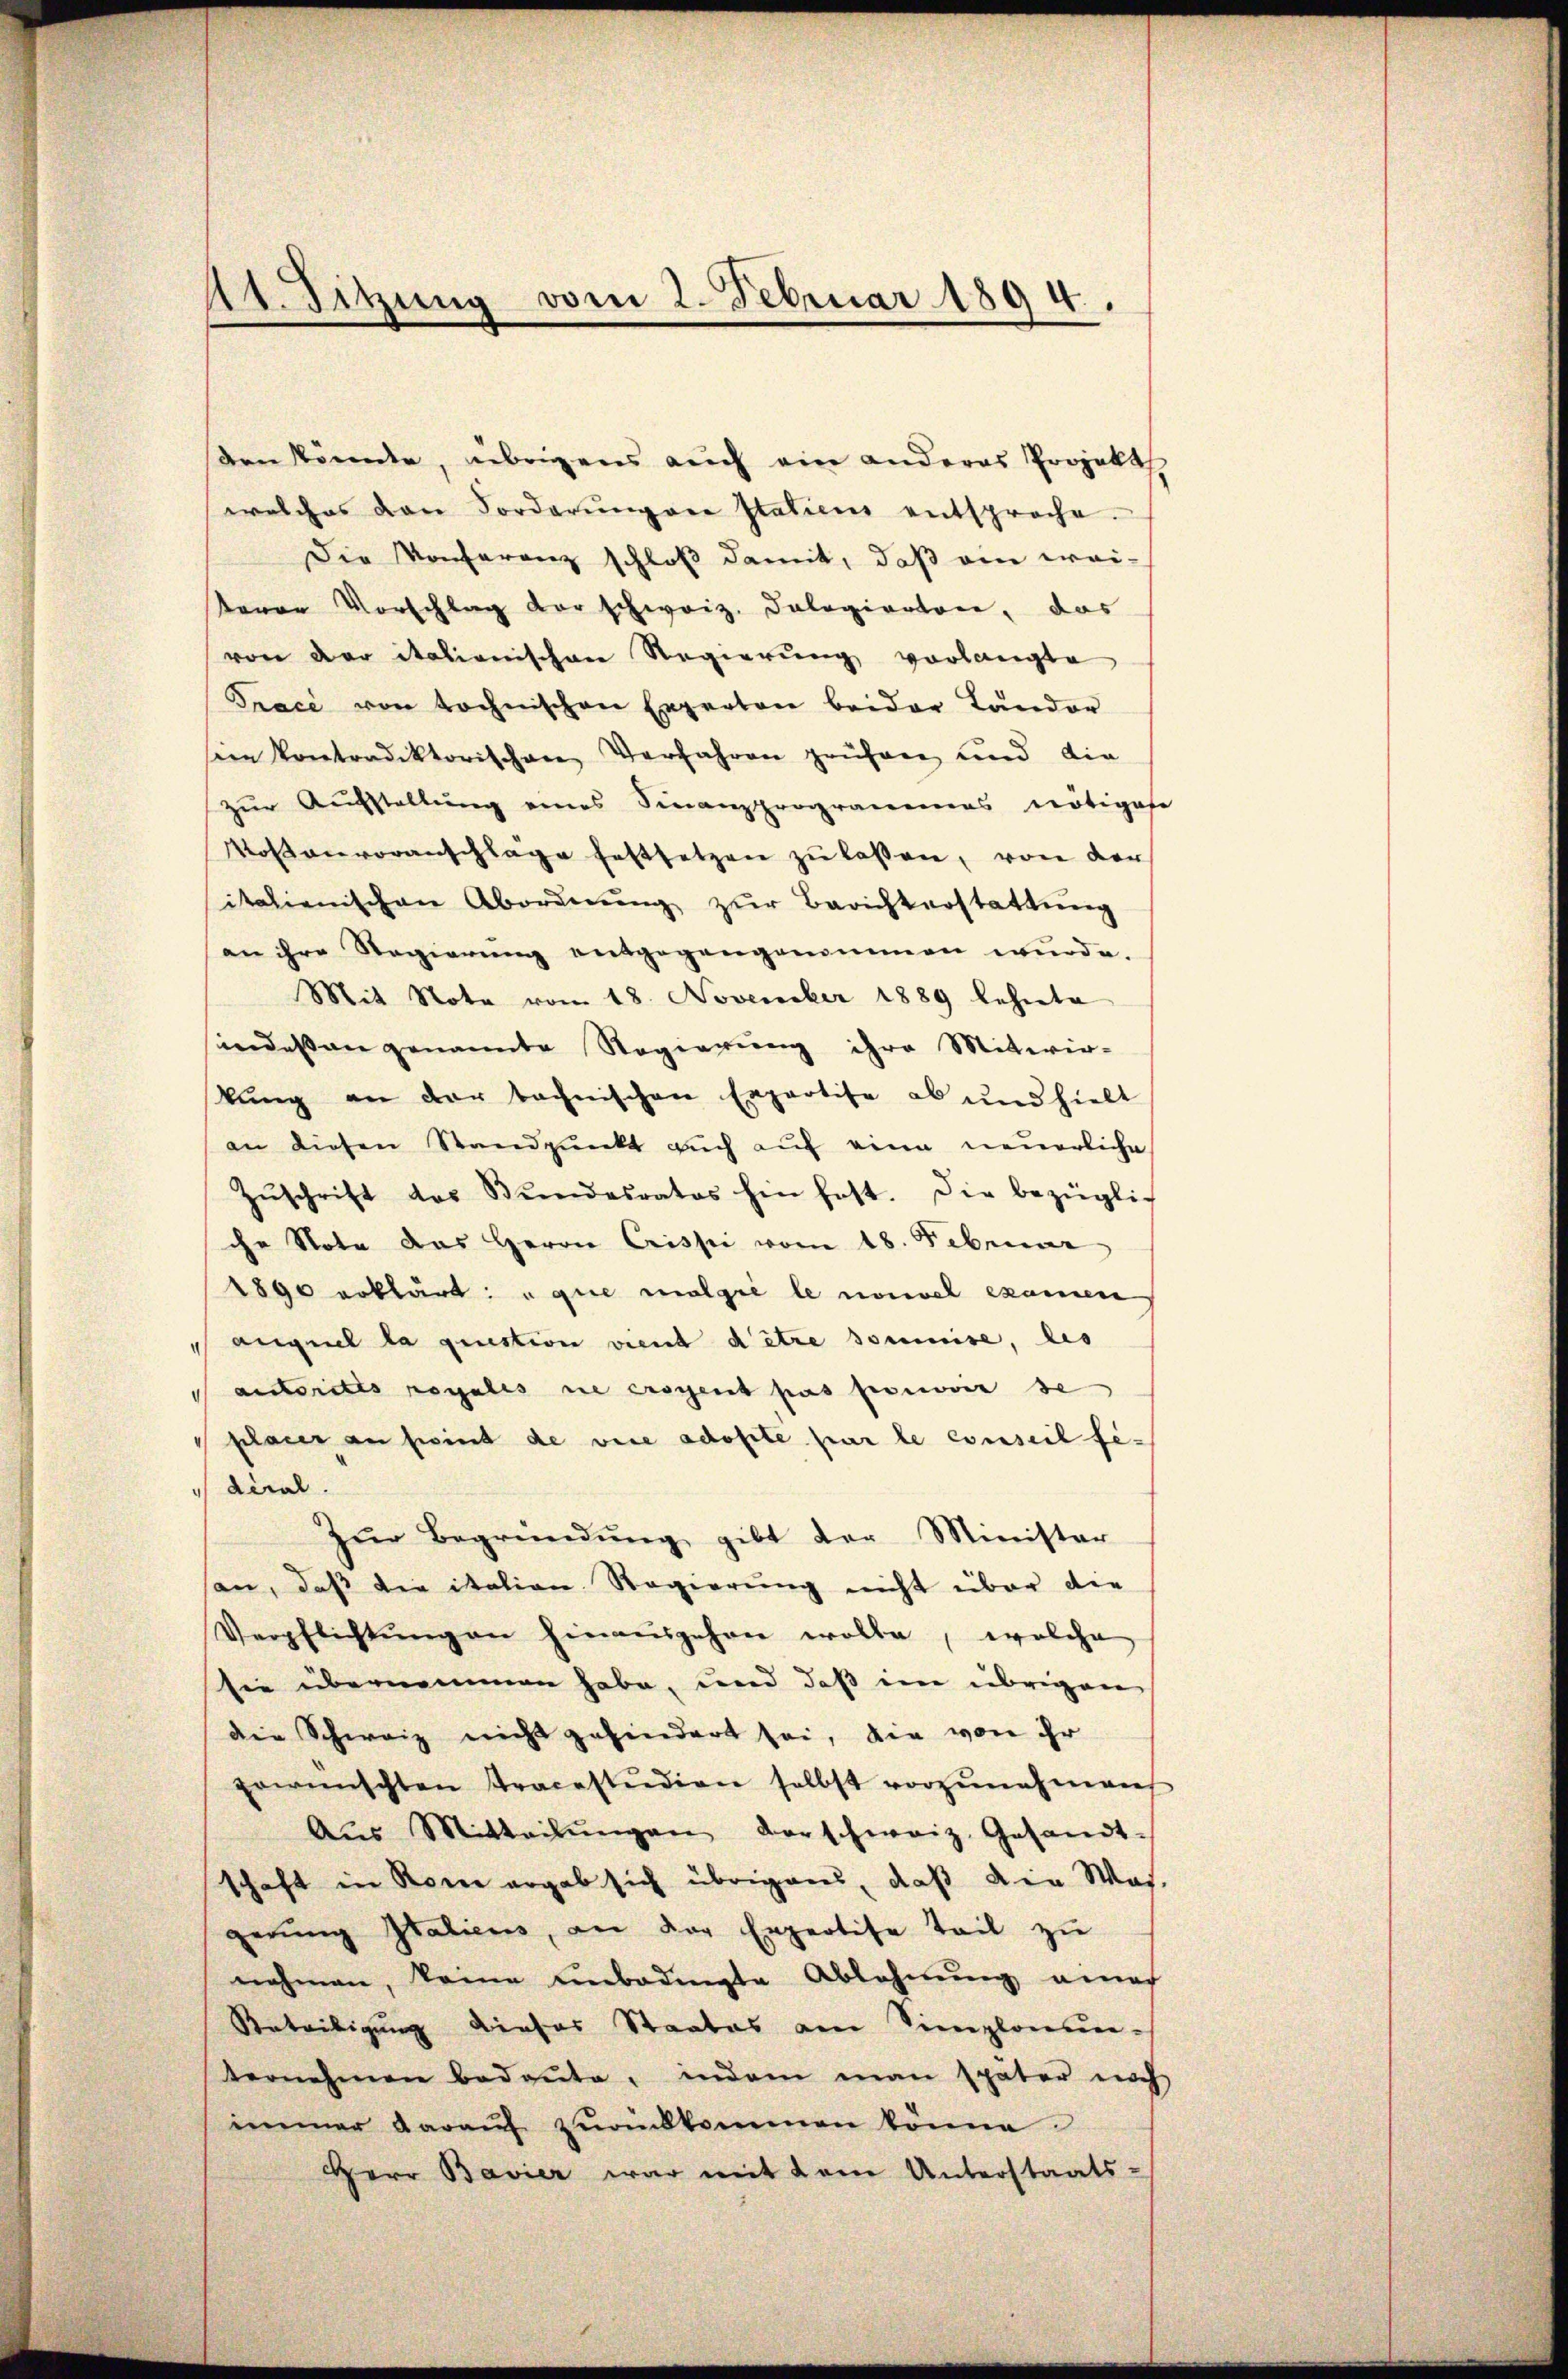
den könnte, übrigens auch ein anderes Projekt
welches von Forderŭngene Statieen entsproche.
Die Konferenz schloß damit, daß ein wei-
teren Vorschlag der schweiz. Dologiertore, das
von der italienischen Regierung vorlangte
Tracé von tochnischen Experten beider Länder
sein Kontradiktorischen Verfahren prüfen und die
zur Aufstaltung eines Finanzprogrammes nötigese
Kosanvoranschlage festsetzen zŭ lassen, von der
italienischen Abordnŭng zŭr Berichterstattung
an ihre Regierung entgegengenommen wurde.
Mit Note vom 18. November 1889 lehnete
sindessen genannte Regierung ihre Mitwir-
kung an der technischen Expertise ab und hielt
an diesen Standpunkt auch auf eine neuerliche
Zŭschrift des Bŭndesrates hin fest. Die bezüglic
che Note das Herrn Crissi vom 18. Februar
1890 erklärt: a que molgie le nouvel examen
auguel la question vient d’être soumise, les
aiorites regales nie erstent pas pouvoir de
placer an sind de vice adopté par le conseil fediral.
Zŭr Begründŭng gibt der Minister
son, daß die italien Regierung nicht über die
Verpflichtŭng an hinausgehen wolle, welche
sie übernommen habe, und daß im übrigen
die Schweiz nicht gehindert sei, die von ihr
gewünschten Tracestudien selbst vorzŭnehmen
Aŭs Mitteilŭngen vorschweiz. Gesandt-
schaft in Rom ergab sich übrigens, daß die Was-
gerŭng Italiens, an der Expertise Teil zŭ
nehmen, keine unbedingte Ablehnŭng anf
Anteiligung dieser Staates am Simplonun-
ternehmen bedeute, indem man später noch
immer daraŭf zŭrükkommen könne
Herr Bavier war mit dem Unterstaats-

11. Sitzung vom 2. Februar 1894.